Report of the King Institute of Preventive Medicine, Guindy
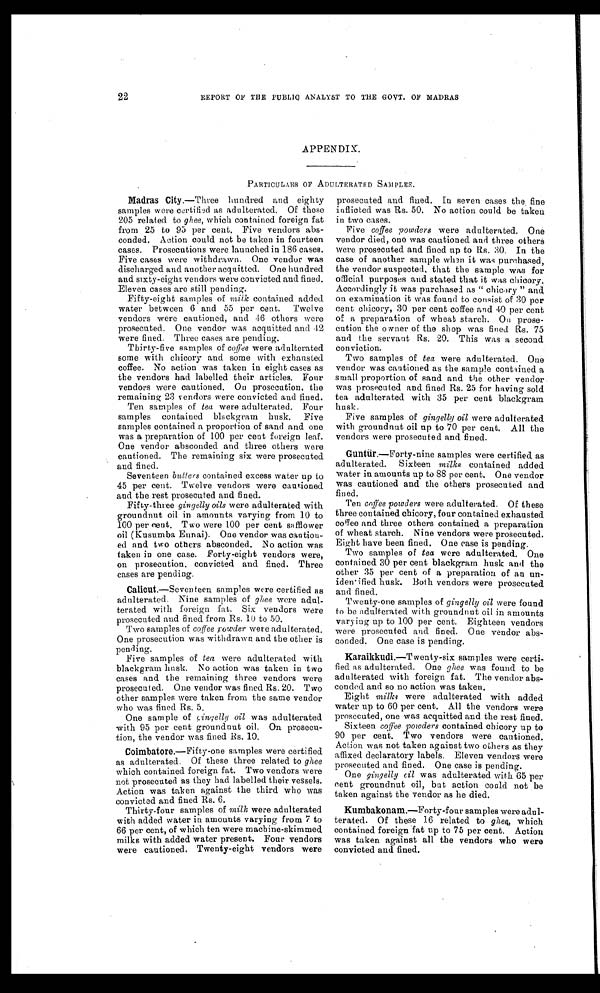
22
REPORT OF THE PUBLIC ANALYST TO THE GOVT. OF MADRAS
APPENDIX.
PARTICULARS OF ADULTERATE D SAMPLES.
Madras City.— Three hundred and eighty
samples were certified as adulterated. Of these
205 related to ghee, which contained foreign fat
from 25 to 95 per cent. Five vendors abs
-conded. Action could not be taken in fourteen
cases. Prosecutions were launched in 186 cases.
Five cases were withdrawn. One vendor was
discharged and another acquitted. One hundred
and sixty-eight vendors were convicted and fined.
Eleven cases are still pending.
Fifty-eight samples of milk contained added
water between 6 and 55 per cent. Twelve
vendors were cautioned, and 46 others were
prosecuted. One vendor was acquitted and 42
were fined. Three cases are pending.
Thirty-five samples of coffee were adulterated
some with chicory and some with exhausted
coffee. No action was taken in eight cases as
the vendors had labelled their articles. Four
vendors were cautioned. On prosecution, the
remaining 23 vendors were convicted and fined.
Ten samples of tea were adulterated. Four
samples contained blackgram husk. Five
samples contained a proportion of sand and one
was a preparation of 100 per cent foreign leaf.
One vendor absconded and three others were
cautioned. The remaining six were prosecuted
and fined.
Seventeen butters contained excess water up to
45 per cent. Twelve vendors were cautioned
and the rest prosecuted and fined.
Fifty-three gingelly oils were adulterated with
groundnut oil in amounts varying from 10 to
100 per cent. Two were 100 per cent safflower
oil (Kusumba Ennai). One vendor was caution
-ed and two others absconded. No action was
taken in one case. Forty-eight vendors were,
on prosecution, convicted and fined. Three
cases are pending.
Calicut.—Seventeen samples were certified as
adulterated. Nine samples of ghee were adul
-terated with foreign fat. Six vendors were
prosecuted and fined from Rs.10 to 50.
Two samples of coffee powder were adulterated.
One prosecution was withdrawn and the other is
pending.
Five samples of tea were adulterated with
blackgram husk. No action was taken in two
cases and the remaining three vendors were
prosecuted. One vendor was fined Rs. 20. Two
other samples were taken from the same vendor
who was fined Rs. 5.
One sample of gingelly oil was adulterated
with 95 per cent groundnut oil. On prosecu
-tion, the vendor was fined Rs. 10.
Coimbatore.— Fifty-one samples were certified
as adulterated. Of these three related to ghee
which contained foreign fat. Two vendors were
not prosecuted as they had labelled their vessels.
Action was taken against the third who was
convicted and fined Rs. 6.
Thirty-four samples of milk were adulterated
with added water in amounts varying from 7 to
66 per cent, of which ten were machine-skimmed
milks with added water present. Four vendors
were cautioned. Twenty-eight vendors were
prosecuted and fined. In seven cases the fine
inflicted was Rs. 50. No action could be taken
in two cases.
Five coffee powders were adulterated. One
vendor died, one was cautioned and three others
were prosecuted and fined up to Rs. 30. In the
case of another sample when it was purchased,
the vendor suspected, that the sample was for
official purposes and stated that it was chicory.
Accordingly it was purchased as " chicory " and
on examination it was found to consist of 30 per
cent chicory, 30 per cent coffee and 40 per cent
of a preparation of wheat starch. On prose
- c u t i o n t h e o w n e r o f t h e s h o p w a s f i n e d R s . 7 5
and the servant Rs. 20. This was a second
conviction.
Two samples of tea were adulterated. One
vendor was cantioned as the sample contained a
small proportion of sand and the other vendor
was prosecuted and fined Rs. 25 for having sold
tea adulterated with 35 per cent blackgram
husk.
Five samples of gingelly oil were adulterated
with groundnut oil up to 70 per cent. All the
vendors were prosecuted and fined.
Guntür .—Forty-nine samples were certified as
adulterated. Sixteen milks contained added
water in amounts up to 88 per cent. One vendor
was cautioned and the others prosecuted and
fined.
Ten coffee powders were adulterated. Of these
three contained chicory, four contained exhausted
coffee and three others contained a preparation
of wheat starch. Nine vendors were prosecuted.
Eight have been fined. One case is pending.
Two samples of tea were adulterated. One
contained 30 per cent blackgram husk and the
other 35 per cent of a preparation of an un
-idenified husk. Both vendors were prosecuted
and fined.
Twenty-one samples of gingelly oil were found
to be adulterated with groundnut oil in amounts
varying up to 100 per cent. Eighteen vendors
were prosecuted and fined. One vendor abs
-conded. One case is pending.
Karaikkudi .—Twenty-six samples were certi
-fied as adulterated. One ghee was found to be
adulterated with foreign fat. The vendor abs
- c o n d e d a n d s o n o a c t i o n w a s t a k e n .
Eight milks were adulterated with added
water up to 60 per cent. All the vendors were
prosecuted, one was acquitted and the rest fined.
Sixteen coffee powders contained chicory up to
90 per cent. Two vendors were cantioned.
Action was not taken against two others as they
affixed declaratory labels. Eleven vendors were
prosecuted and fined. One case is pending.
One gingelly oil was adulterated with 65 per
cent groundnut oil, but action could not be
taken against the vendor as he died.
Kumbakonam.— Forty-four samples were adul
- t e r a t e d . O f t h e s e 1 6 r e l a t e d t og
h e e,
w h i c h
contained foreign fat up to 75 per cent. Action
was taken against all the vendors who were
convicted and fined.